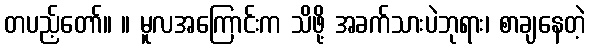
တပည့်တော်။ ။ မူလအကြောင်းက သိဖို့ အခက်သားပဲဘုရား၊ စာချနေတဲ့